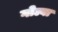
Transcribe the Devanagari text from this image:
गोल्वा